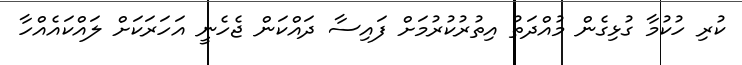
ކުރި ހުކުމާ ގުޅިގެން މުއްދަތު އިތުރުކުރުމަށް ފައިސާ ދައްކަން ޖެހެނީ އަހަރަކަށް ލައްކައެއްހާ